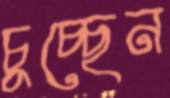
চুচ্ছেন